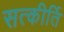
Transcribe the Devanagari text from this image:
सत्कीर्ति